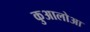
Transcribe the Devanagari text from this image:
कुआलोआ